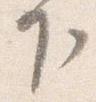
下